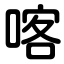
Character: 喀